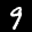
Label: 9